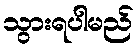
သွားရပါမည်